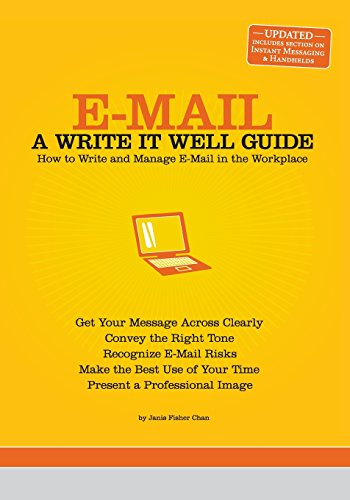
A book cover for E-Mail: A Write It Well Guide; Janis Fisher Chan; Computers & Technology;